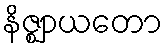
နိဇ္ဈာယတော